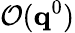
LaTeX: \mathcal{O}(\mathbf{q}^{0})